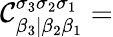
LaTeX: \mathcal{C}_{\beta_{3}|\beta_{2}\beta_{1}}^{\sigma_{3}\sigma_{2}\sigma_{1}}=